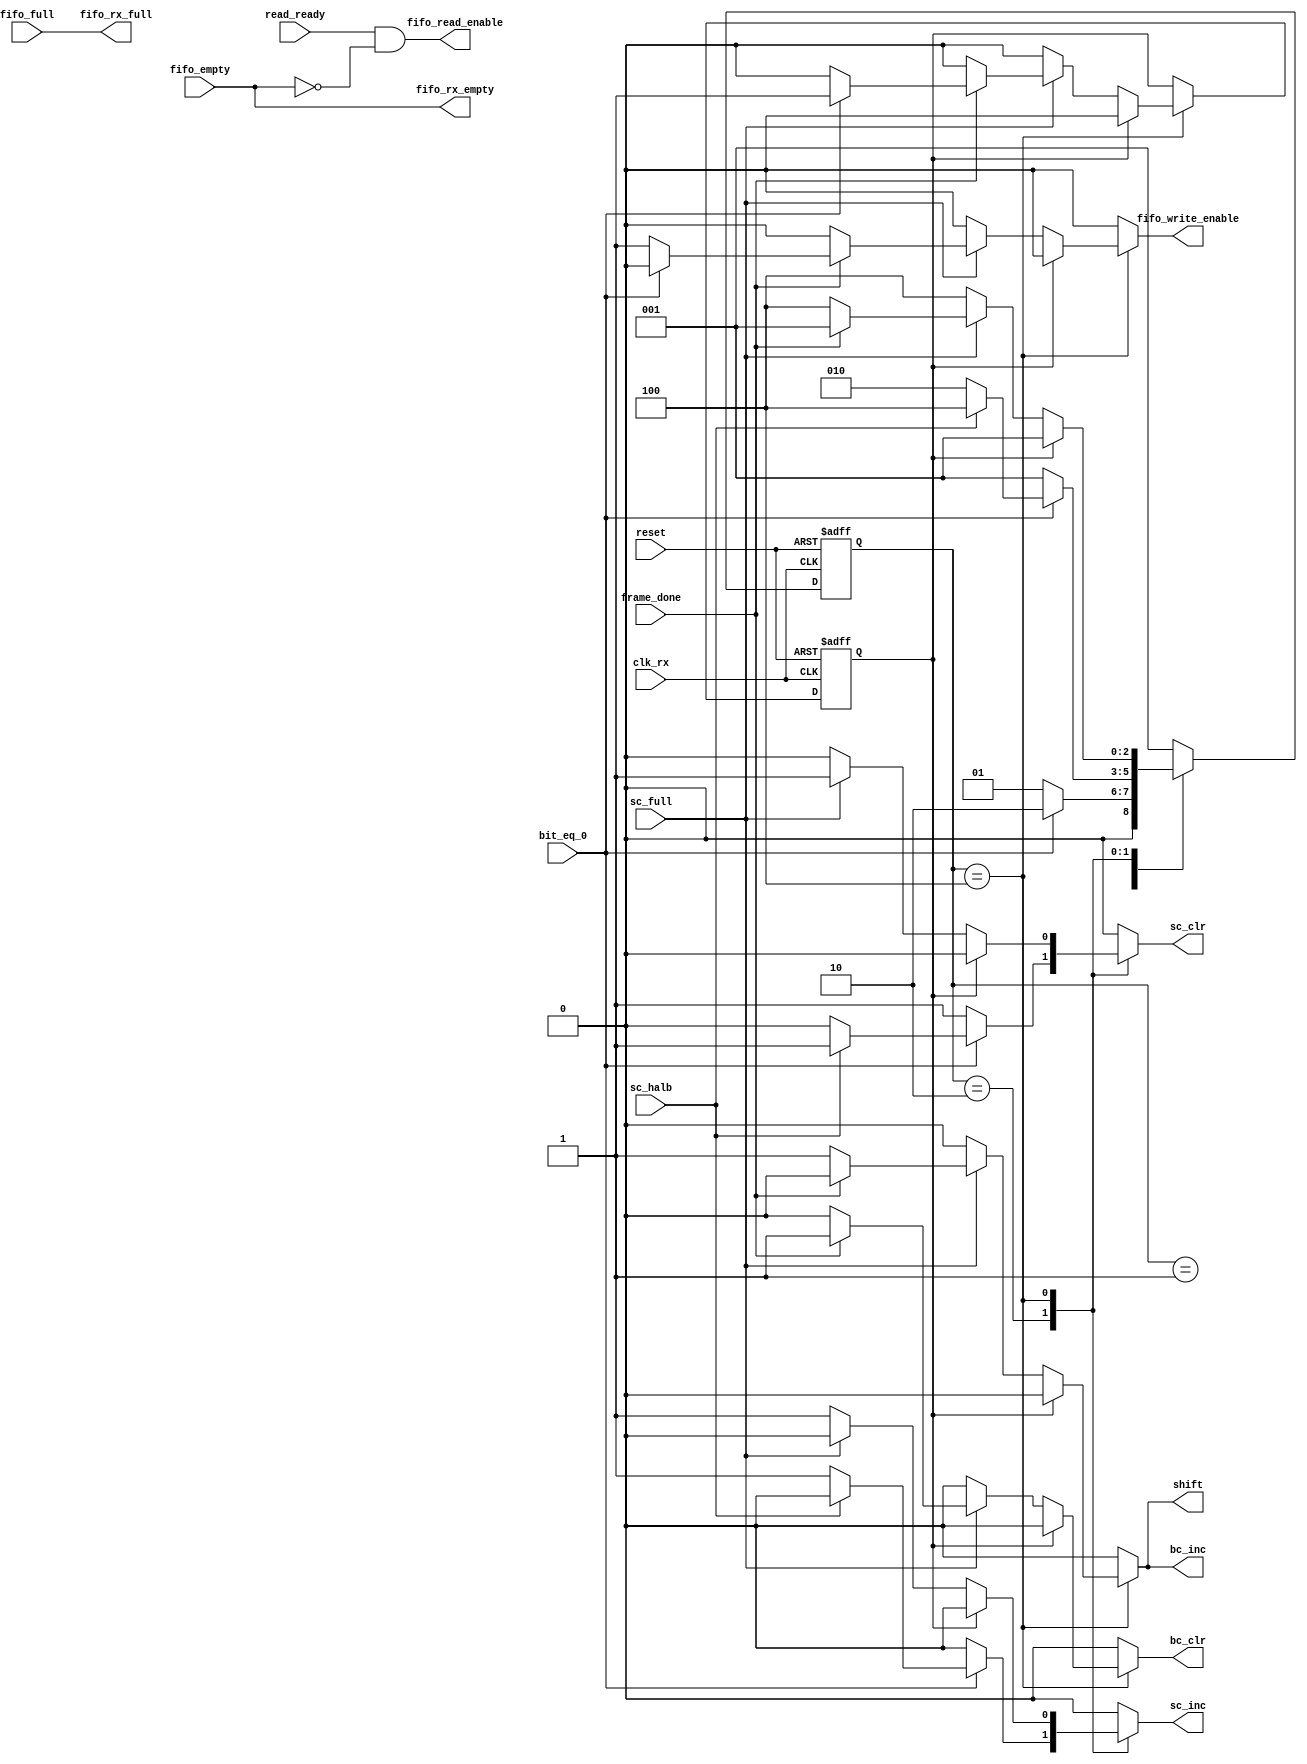
module uart_light_rx_ctrl
#(
	 parameter STATE_COUNT = 3,
	 parameter IDLE = 3'b001,
	 parameter STARTING = 3'b010,
	 parameter RECEIVING = 3'b100
)(
	input  wire reset,
	input  wire clk_rx,
	
	//Interfaces zum SPMC
	input  wire read_ready,
	output wire fifo_rx_full,
	output wire fifo_rx_empty,
	
	//Interfaces zum Datenpfad-Module, welche durch clk_rx getrieben werden
	input  wire bit_eq_0,
	input  wire sc_halb,
	input  wire sc_full,
	input  wire frame_done,
	output reg  sc_inc,
	output reg  sc_clr,
	output reg  bc_inc,
	output reg  bc_clr,
	output reg  shift,
	output reg  fifo_write_enable,
	
	//Interfaces zum Datenpfad-Module, welche durch clk_peri getrieben werden
	input  wire fifo_full,
	input  wire fifo_empty,
	output wire fifo_read_enable
    );
	 	 
	 reg [STATE_COUNT-1:0] state_cur, state_next;
	 reg err_recover, err_recover_next;
	 
	 assign fifo_rx_full     = fifo_full;
	 assign fifo_rx_empty    = fifo_empty;
	 assign fifo_read_enable = read_ready & (~fifo_empty);
	 
	 always @(state_cur, bit_eq_0, sc_halb, sc_full, frame_done) begin
		sc_inc = 1'b0;
		sc_clr = 1'b0;
		bc_inc = 1'b0;
		bc_clr = 1'b0;
		shift  = 1'b0;
		fifo_write_enable = 1'b0;
		state_next = IDLE;
		err_recover_next = err_recover;
		
		case(state_cur)
			IDLE:
				if(bit_eq_0 == 1'b1) begin
					state_next = STARTING;
				end
			STARTING:
				if(bit_eq_0 == 1'b0) begin
					sc_clr = 1'b1;
					state_next = IDLE;
				end
				else if(sc_halb == 1'b1) begin
					sc_clr = 1'b1;
					state_next = RECEIVING;
				end
				else begin
					sc_inc = 1'b1;
					state_next = STARTING;
				end
			RECEIVING:
                            if (err_recover) begin
                                state_next = IDLE;
                                err_recover_next = 1'b0;
                            end else begin
				if(sc_full == 1'b1) begin
					sc_clr = 1'b1;
					if(frame_done) begin
						bc_clr = 1'b1;
						state_next = IDLE;						
						
						if (!bit_eq_0) begin
                                                    fifo_write_enable = 1'b1;
						end else begin
						    err_recover_next = 1'b1;
						end
					end
					else begin
						shift  = 1'b1;
						bc_inc = 1'b1;
						state_next = RECEIVING;
					end
				end
				else begin
					sc_inc = 1'b1;
					state_next = RECEIVING;
				end
                            end
			default: state_next = IDLE;
		endcase
	 end
	 
	 always @(posedge clk_rx, posedge reset) begin
		if(reset) begin
			state_cur <= IDLE;
			err_recover <= 1'b0;
		end
		else begin 
			state_cur <= state_next;
			err_recover <= err_recover_next;
		end
	 end

endmodule